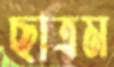
ছাত্রম